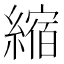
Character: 縮